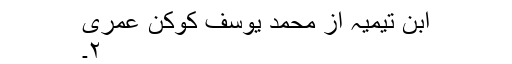
ابن تیمیہ از محمد یوسف کوکن عمری
٢۔